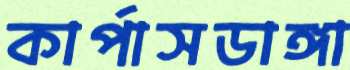
কার্পাসডাঙ্গা